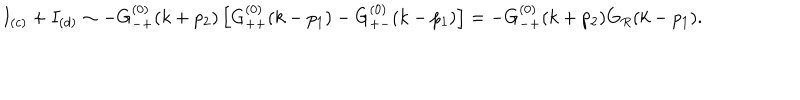
I _ { ( c ) } + I _ { ( d ) } \sim - G _ { - + } ^ { ( 0 ) } ( k + p _ { 2 } ) \left[ G _ { + + } ^ { ( 0 ) } ( k - p _ { 1 } ) - G _ { + - } ^ { ( 0 ) } ( k - p _ { 1 } ) \right] = - G _ { - + } ^ { ( 0 ) } ( k + p _ { 2 } ) G _ { R } ( k - p _ { 1 } ) .